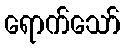
ရောက်သော်